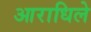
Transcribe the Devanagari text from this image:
आराधिले